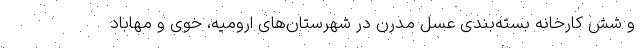
و شش کارخانه بسته‌بندی عسل مدرن در شهرستان‌های ارومیه، خوی و مهاباد